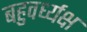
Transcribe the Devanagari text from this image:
बहुवर्ध्यक्ष